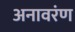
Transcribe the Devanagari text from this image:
अनावरंण